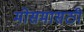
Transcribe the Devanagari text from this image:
मोसमासठी